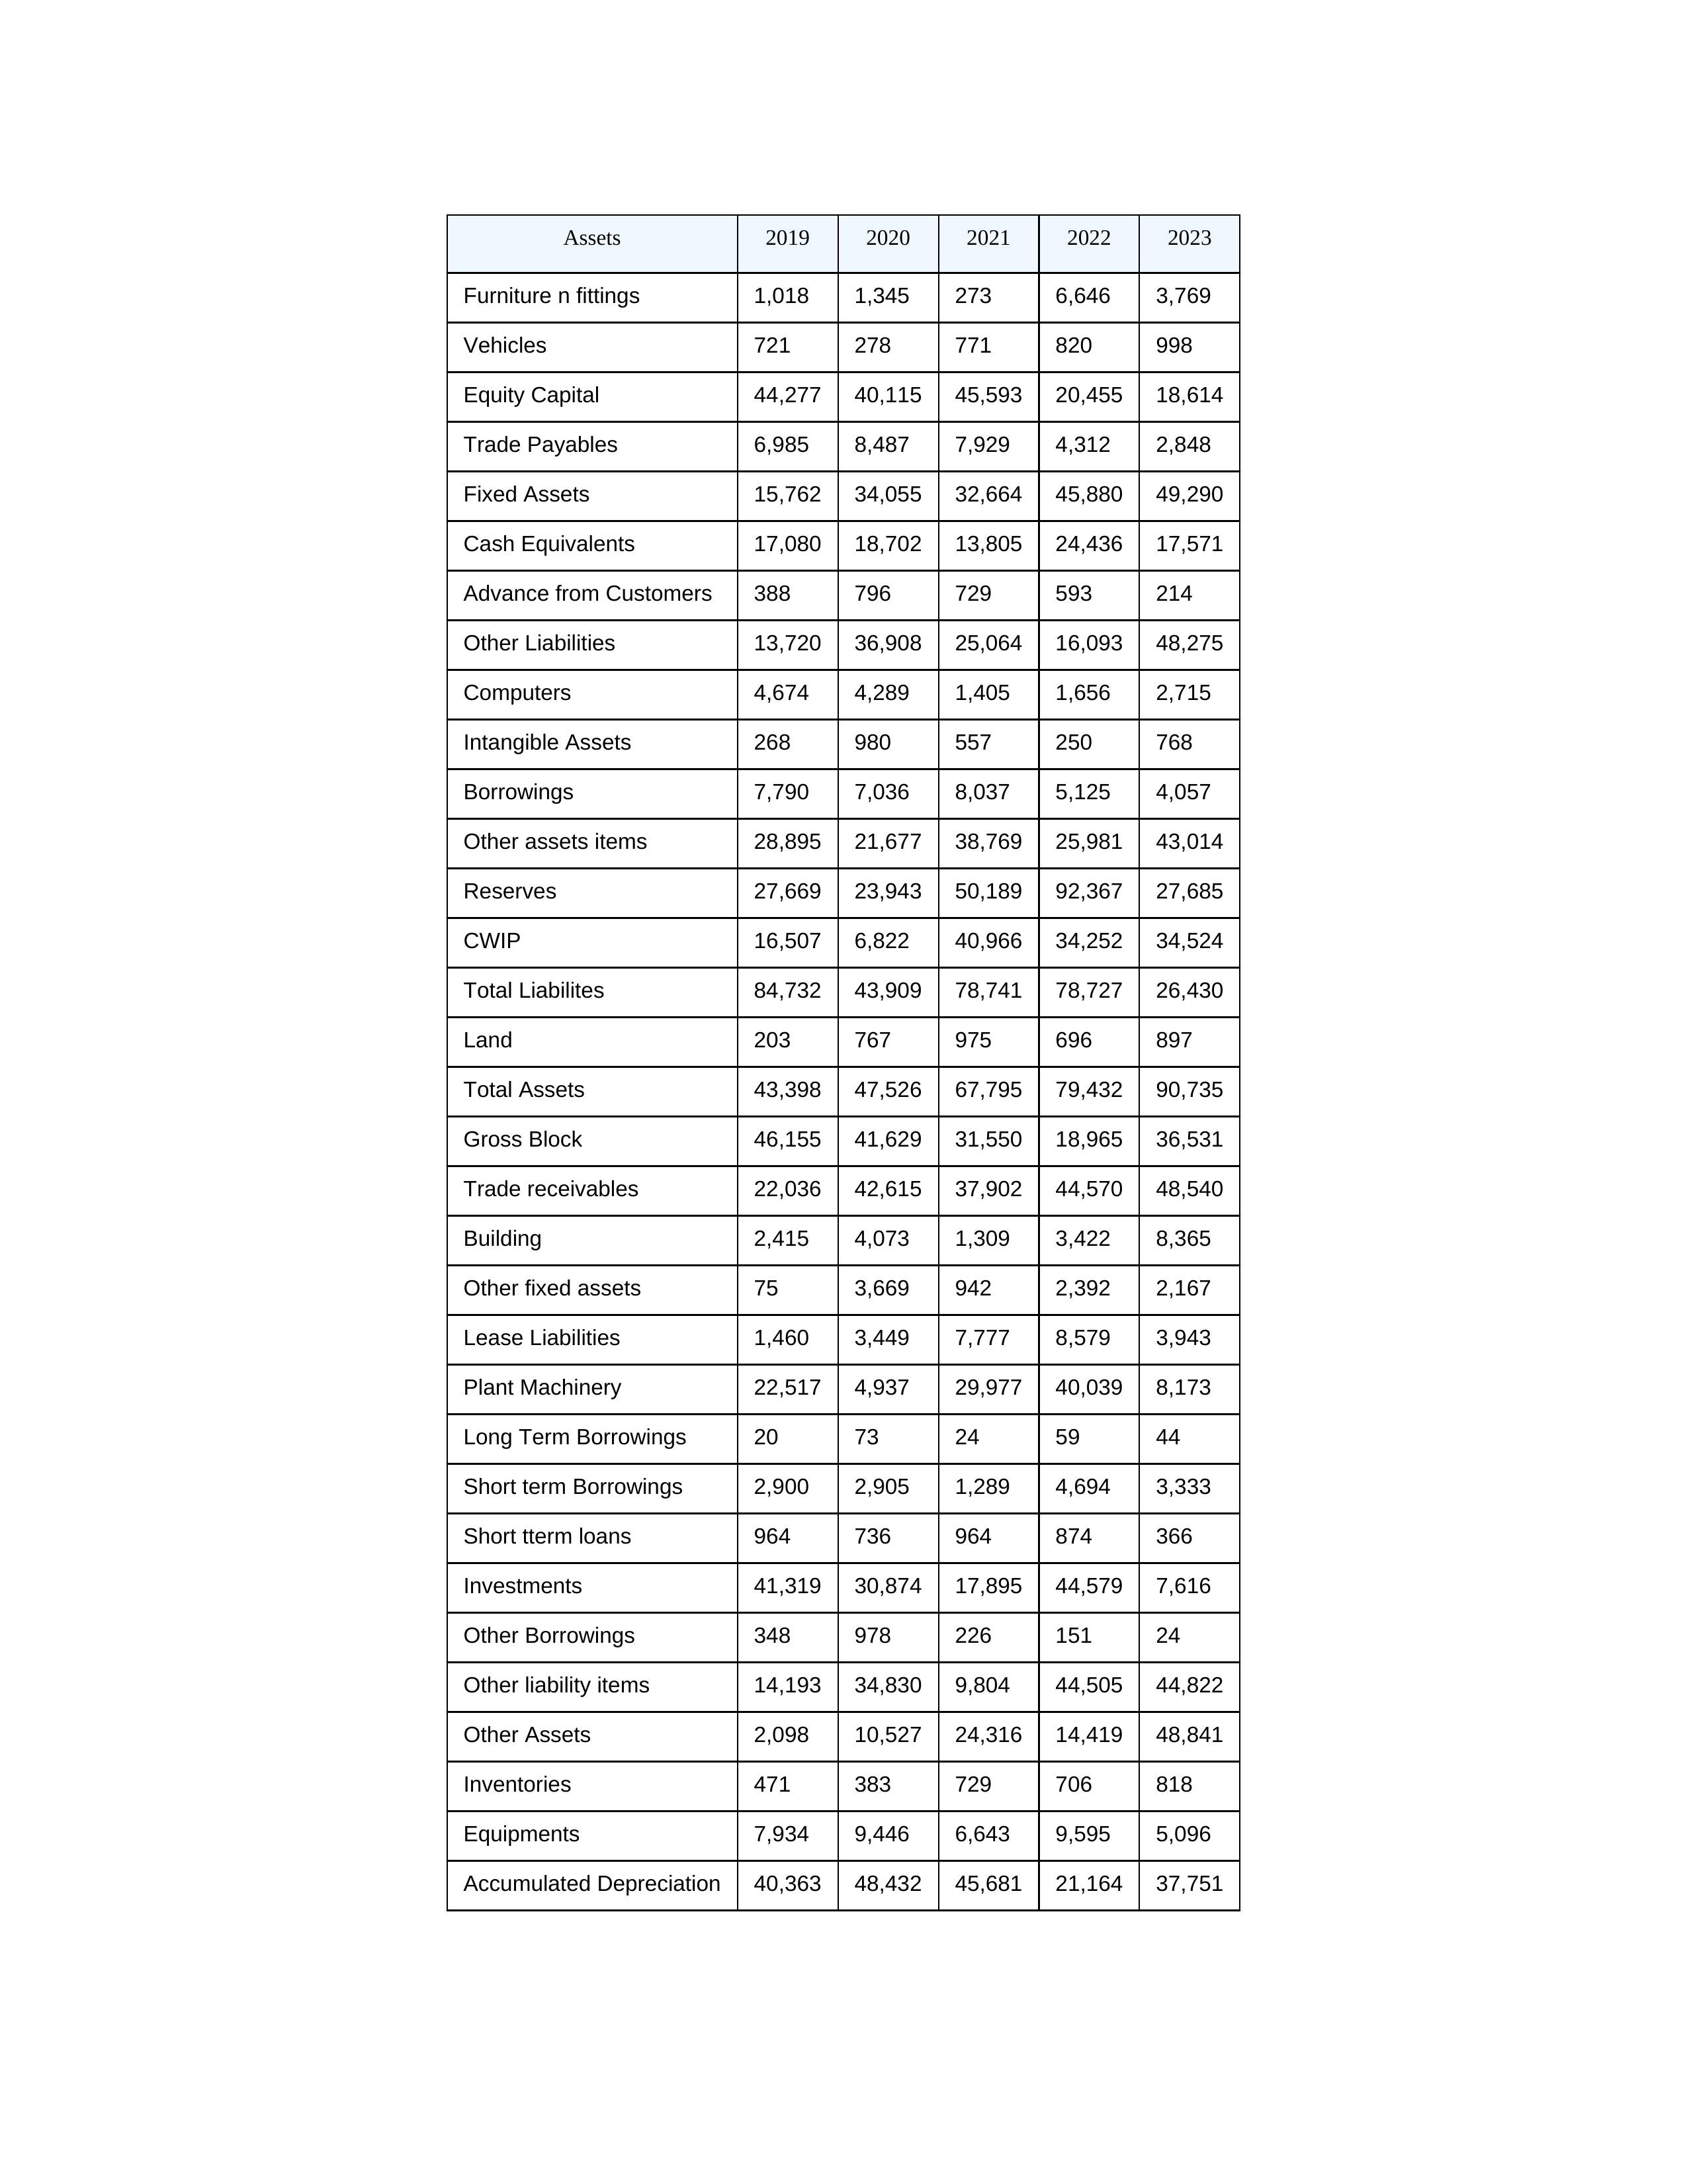
gt_parse: 2019: Equity Capital: 44,277
Reserves: 27,669
Borrowings: 7,790
Long Term Borrowings: 20
Short term Borrowings: 2,900
Lease Liabilities: 1,460
Other Borrowings: 348
Other Liabilities: 13,720
Trade Payables: 6,985
Advance from Customers: 388
Other liability items: 14,193
Total Liabilites: 84,732
Fixed Assets: 15,762
Land: 203
Building: 2,415
Plant Machinery: 22,517
Equipments: 7,934
Computers: 4,674
Furniture n fittings: 1,018
Vehicles: 721
Intangible Assets: 268
Other fixed assets: 75
Gross Block: 46,155
Accumulated Depreciation: 40,363
CWIP: 16,507
Investments: 41,319
Other Assets: 2,098
Inventories: 471
Trade receivables: 22,036
Cash Equivalents: 17,080
Short tterm loans: 964
Other assets items: 28,895
Total Assets: 43,398
2020: Equity Capital: 40,115
Reserves: 23,943
Borrowings: 7,036
Long Term Borrowings: 73
Short term Borrowings: 2,905
Lease Liabilities: 3,449
Other Borrowings: 978
Other Liabilities: 36,908
Trade Payables: 8,487
Advance from Customers: 796
Other liability items: 34,830
Total Liabilites: 43,909
Fixed Assets: 34,055
Land: 767
Building: 4,073
Plant Machinery: 4,937
Equipments: 9,446
Computers: 4,289
Furniture n fittings: 1,345
Vehicles: 278
Intangible Assets: 980
Other fixed assets: 3,669
Gross Block: 41,629
Accumulated Depreciation: 48,432
CWIP: 6,822
Investments: 30,874
Other Assets: 10,527
Inventories: 383
Trade receivables: 42,615
Cash Equivalents: 18,702
Short tterm loans: 736
Other assets items: 21,677
Total Assets: 47,526
2021: Equity Capital: 45,593
Reserves: 50,189
Borrowings: 8,037
Long Term Borrowings: 24
Short term Borrowings: 1,289
Lease Liabilities: 7,777
Other Borrowings: 226
Other Liabilities: 25,064
Trade Payables: 7,929
Advance from Customers: 729
Other liability items: 9,804
Total Liabilites: 78,741
Fixed Assets: 32,664
Land: 975
Building: 1,309
Plant Machinery: 29,977
Equipments: 6,643
Computers: 1,405
Furniture n fittings: 273
Vehicles: 771
Intangible Assets: 557
Other fixed assets: 942
Gross Block: 31,550
Accumulated Depreciation: 45,681
CWIP: 40,966
Investments: 17,895
Other Assets: 24,316
Inventories: 729
Trade receivables: 37,902
Cash Equivalents: 13,805
Short tterm loans: 964
Other assets items: 38,769
Total Assets: 67,795
2022: Equity Capital: 20,455
Reserves: 92,367
Borrowings: 5,125
Long Term Borrowings: 59
Short term Borrowings: 4,694
Lease Liabilities: 8,579
Other Borrowings: 151
Other Liabilities: 16,093
Trade Payables: 4,312
Advance from Customers: 593
Other liability items: 44,505
Total Liabilites: 78,727
Fixed Assets: 45,880
Land: 696
Building: 3,422
Plant Machinery: 40,039
Equipments: 9,595
Computers: 1,656
Furniture n fittings: 6,646
Vehicles: 820
Intangible Assets: 250
Other fixed assets: 2,392
Gross Block: 18,965
Accumulated Depreciation: 21,164
CWIP: 34,252
Investments: 44,579
Other Assets: 14,419
Inventories: 706
Trade receivables: 44,570
Cash Equivalents: 24,436
Short tterm loans: 874
Other assets items: 25,981
Total Assets: 79,432
2023: Equity Capital: 18,614
Reserves: 27,685
Borrowings: 4,057
Long Term Borrowings: 44
Short term Borrowings: 3,333
Lease Liabilities: 3,943
Other Borrowings: 24
Other Liabilities: 48,275
Trade Payables: 2,848
Advance from Customers: 214
Other liability items: 44,822
Total Liabilites: 26,430
Fixed Assets: 49,290
Land: 897
Building: 8,365
Plant Machinery: 8,173
Equipments: 5,096
Computers: 2,715
Furniture n fittings: 3,769
Vehicles: 998
Intangible Assets: 768
Other fixed assets: 2,167
Gross Block: 36,531
Accumulated Depreciation: 37,751
CWIP: 34,524
Investments: 7,616
Other Assets: 48,841
Inventories: 818
Trade receivables: 48,540
Cash Equivalents: 17,571
Short tterm loans: 366
Other assets items: 43,014
Total Assets: 90,735